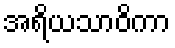
အရိယသာဝိကာ